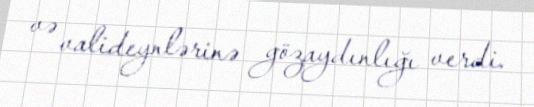
və valideynlərinə gözaydınlığı verdi.